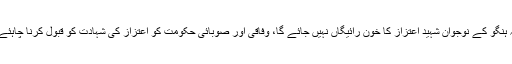
پاکستان تحریک انصاف کے سربراہ عمران خان کا کہنا تھا کہ ہنگو کے نوجوان شہید اعتزاز کا خون رائیگاں نہیں جائے گا، وفاقی اور صوبائی حکومت کو اعتزاز کی شہادت کو قبول کرنا چاہئے جس نے دوسروں کی جان بچاتے ہوئے جام شہادت نوش کیا۔